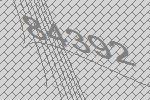
84392